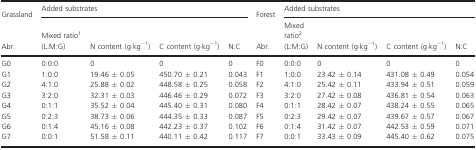
| Grassland | <COLSPAN=4> Added substrates | Forest | <COLSPAN=4> Added substrates |
 | Abr. | Mixed ratioa (L:M:G) | N content (g·kg−1) | C content (g·kg−1) | N:C | Abr. | Mixed ratiob (L:M:G) | N content (g·kg−1) | C content (g·kg−1) | N:C |
 | --- | --- | --- | --- | --- | --- | --- | --- | --- | --- |
 | G0 | 0:0:0 | 0 | 0 | 0 | F0 | 0:0:0 | 0 | 0 | 0 |
 | G1 | 1:0:0 | 19.46 ± 0.05 | 450.70 ± 0.21 | 0.043 | F1 | 1:0:0 | 23.42 ± 0.14 | 431.08 ± 0.49 | 0.054 |
 | G2 | 4:1:0 | 25.88 ± 0.02 | 448.58 ± 0.25 | 0.058 | F2 | 4:1:0 | 25.42 ± 0.11 | 433.94 ± 0.51 | 0.059 |
 | G3 | 3:2:0 | 32.31 ± 0.03 | 446.46 ± 0.29 | 0.072 | F3 | 3:2:0 | 27.42 ± 0.08 | 436.81 ± 0.54 | 0.063 |
 | G4 | 0:1:1 | 35.52 ± 0.04 | 445.40 ± 0.31 | 0.080 | F4 | 0:1:1 | 28.42 ± 0.07 | 438.24 ± 0.55 | 0.065 |
 | G5 | 0:2:3 | 38.73 ± 0.06 | 444.35 ± 0.33 | 0.087 | F5 | 0:2:3 | 29.42 ± 0.07 | 439.67 ± 0.57 | 0.067 |
 | G6 | 0:1:4 | 45.16 ± 0.08 | 442.23 ± 0.37 | 0.102 | F6 | 0:1:4 | 31.42 ± 0.07 | 442.53 ± 0.59 | 0.071 |
 | G7 | 0:0:1 | 51.58 ± 0.11 | 440.11 ± 0.42 | 0.117 | F7 | 0:0:1 | 33.43 ± 0.09 | 445.40 ± 0.62 | 0.075 |